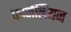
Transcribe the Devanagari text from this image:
कार्नेलियन